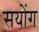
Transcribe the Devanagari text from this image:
सयोंग